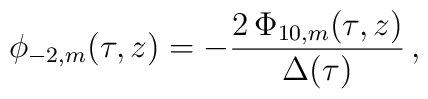
\phi_{-2,m}(\tau,z) =     -\frac{2\,\Phi_{10,m}(\tau,z)}{\Delta(\tau)}\,,